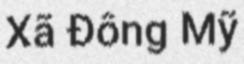
Xã Đông Mỹ